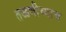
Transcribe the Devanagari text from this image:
तळणीच्याच